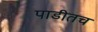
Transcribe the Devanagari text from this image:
पाडीतच